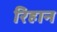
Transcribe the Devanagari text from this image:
रिहान